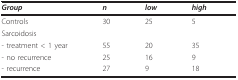
| Group | n | low | high |
 | --- | --- | --- | --- |
 | Controls | 30 | 25 | 5 |
 | Sarcoidosis |  |  |  |
 | - treatment < 1 year | 55 | 20 | 35 |
 | - no recurrence | 25 | 16 | 9 |
 | - recurrence | 27 | 9 | 18 |